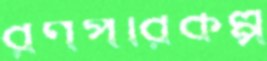
রণপরিকল্প